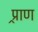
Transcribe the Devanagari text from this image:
प्र्राण